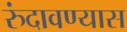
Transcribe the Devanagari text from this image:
रुंदावण्यास